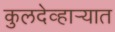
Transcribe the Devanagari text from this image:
कुलदेव्हार्‍यात